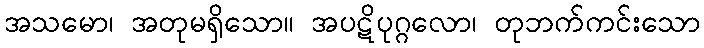
အသမော၊ အတုမရှိသော။ အပဋိပုဂ္ဂလော၊ တုဘက်ကင်းသော